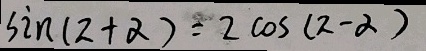
\sin ( \pi + \alpha ) = 2 \cos ( \pi - \alpha )